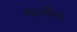
ગાઝીએ